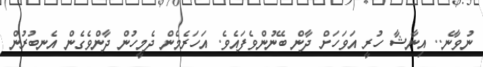
ނުވާނެ.. އިނާޝާ ހުރީ އަވަހަށް ދާން ބޭނުންވެފައެވެ. އަހަރެމެން ދެމީހުން ދާންވެގެން އެނބުރުން